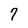
Character: 7